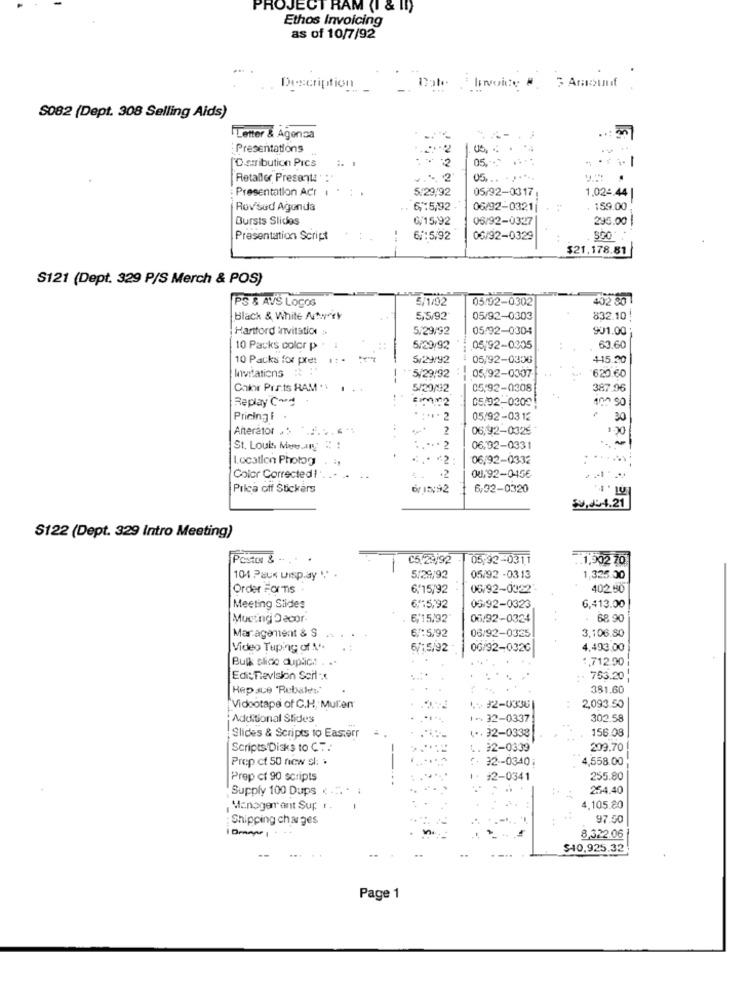
PROJECT RAM (I & II)
Ethos Invoicing
as of 10/7/92
Description
Date Invoice # 3 Amount
S082 (Dept. 308 Selling Aids)
Letter & Agensa
: Presentations
Us, :
['D stribution Pics
2
05 .-**
-
Retaller Presenta:"
2
05 ... ..***
Presentation Acr 1
5/29/92
05/92-0317
1.02 :. 44
Rov'sud Agunda
.6,15/92
06/92-03211
, 159.00
Bursts Slides
0/15/92
06/92-0327
295.00 |
Presentation Script
6/:5/92
06/92-0329
$21,178.81
S121 (Dept. 329 P/S Merch & POS)
PS & AVS LOCOS
5/1/02
05/92-0302
402 80
Black & White Athport
5,5/92
05/92-0303
832.10
Hartford invitation >>
5.29/92
05/92-0304
901.00
10 Packs color p
5/29/92
05/92-0305
63.60
10 Packs for pref
5/29/92
05/92-0306
415.20
Invitations
5/29/92
05/92-0307
620.60
Calor Pra.ts RAM .
5/29/12
05.92-0308
387.96
Replay C-d
05/02-0309
100 90
Pricing F
2
05/92-0312
30
Anterator . :
2
06,92-0325
100
St. Louis Meeary: : :
06.92-0331
Location Photog
** * 2:
06/92-0332
Color Corrected !'
.2
00/92-0456
Prica off Stickers
6/ 15:92
6,32-0320
50,004.21
S122 (Dept. 329 Intro Meeting)
Posttr &
C5,29,92
05/92-0311
.. 1,902 70
101 Paus uisp.ay " .
5/29/92
05/92 -0313
1,325.00
Order Forms
6.15/92
06/92-0322
402.90
Meeting Stides
6:5,92
06/92-0323
6,413.00
Mucting Decor
6/15/92
06:92-0324
- 68 90
Mar agement & S
6/:5/92
3,106.80
06/92-0325
Video Tuping of A **
6/15/92
06/92-0320
4,493,00
Bulk slide duplic. . ..
,712.90
Edit nevision Soil ::
: . 753.20
Hepace 'Rebates"
381.60
Videotape of C.H, Mul'en
1 ... #2-0336
2,093.50
Additional Slides
1- 32-0337
302.58
... 32-0333
156.08
Slides & Scripts to Easterr
Scripts Disks to CT:
92-0339
209.70
Prep ct 50 new sl: .
32 -- 0340;
4,558.00
Prep ct 90 scripts
2-0341
255.80
Supply 100 Dups ( *. * :
254.40
Managerrant Sup. r.
4.105.80
: Shipping charges
97.50
Drape
8,322.06
$40,925.32
Page 1